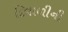
દિવાળીની